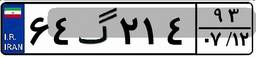
۶۴گ۲۱۴۹۳